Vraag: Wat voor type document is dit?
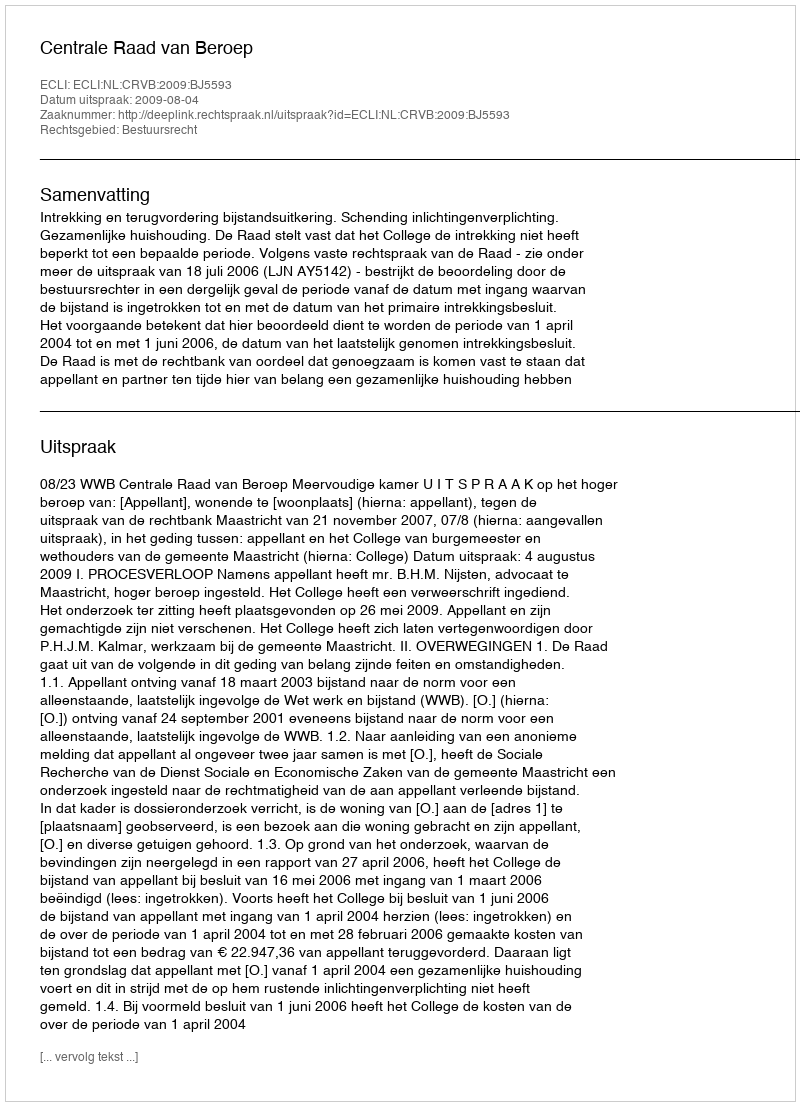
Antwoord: Uitspraak